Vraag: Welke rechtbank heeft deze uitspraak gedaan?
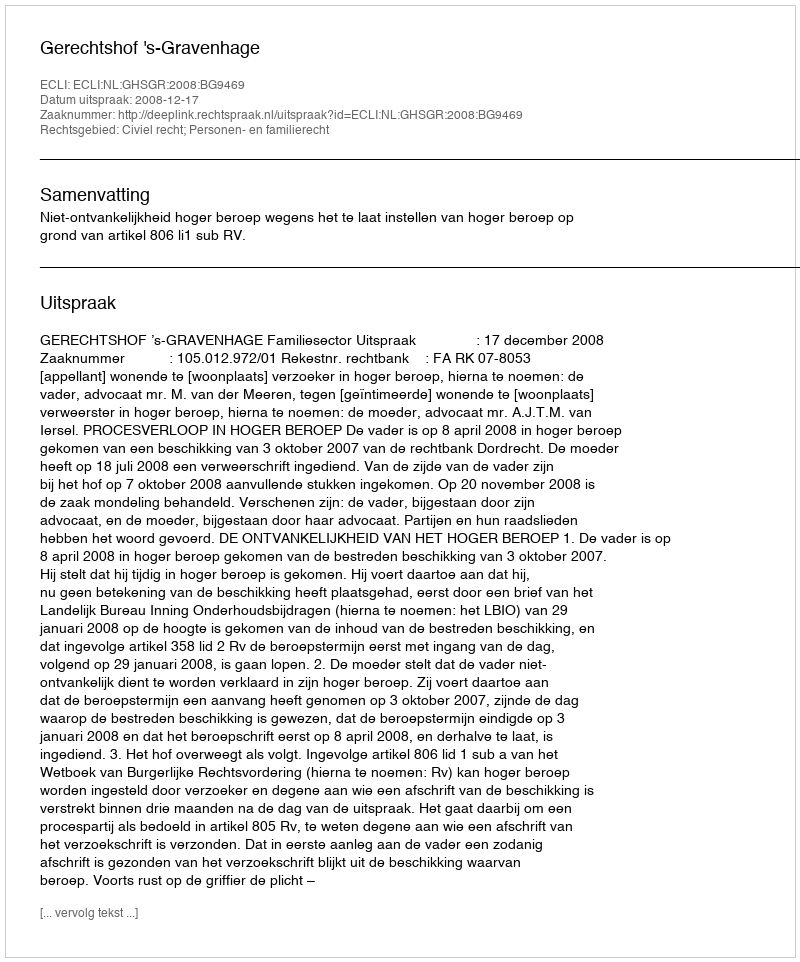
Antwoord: Gerechtshof 's-Gravenhage